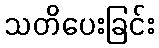
သတိပေးခြင်း